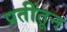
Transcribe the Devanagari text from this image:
प्रतींतून